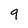
Character: 9